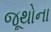
જૂથોના